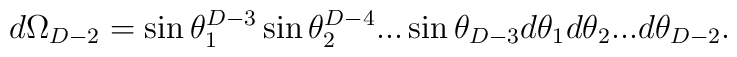
d\Omega_{D-2}=\sin\theta_1^{D-3}\sin\theta_2^{D-4}...\sin\theta_{D-3}d\theta_1d\theta_2...d\theta_{D-2}.